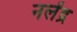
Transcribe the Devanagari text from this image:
नलेंद्र